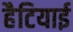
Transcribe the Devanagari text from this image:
हैटियाई